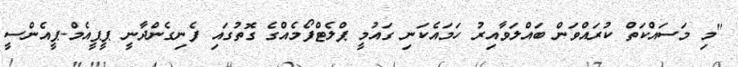
"މި މަސައްކަތް ކުރައްވަން ބައްލަވާއިރު ހަމައެކަނި ގައުމީ ޕްލެޓްފޯމެއްގެ ގޮތުގައި ފެނިގެންދާނީ ޕީޕީއެމް-ޕީއެންސީ